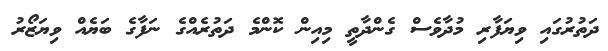
ދަތުރުގައި ވިޔަފާރި މުދާވެސް ގެންދާތީ މިއިން ކޮންމެ ދަތުރެއްގެ ނަފާގެ ބަޔެއް ވިޔަޒޯރު